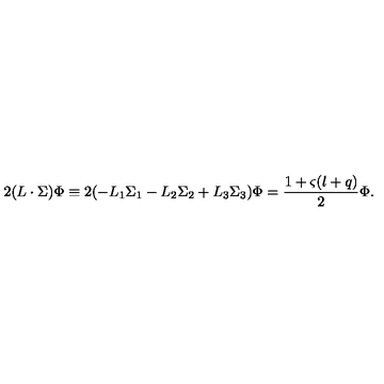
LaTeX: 2 ( L \cdot \Sigma ) \Phi \equiv 2 ( - L _ { 1 } \Sigma _ { 1 } - L _ { 2 } \Sigma _ { 2 } + L _ { 3 } \Sigma _ { 3 } ) \Phi = \frac { 1 + \varsigma ( l + q ) } { 2 } \Phi .